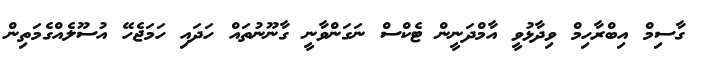
ގާސިމް އިބްރާހިމް ވިދާޅުވީ އާމްދަނީން ޓެކްސް ނަގަންވާނީ ގާނޫނުތައް ހަދައި ހަމަޖެހޭ އުސޫލެއްގެމަތިން